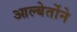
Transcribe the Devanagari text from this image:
आल्बेर्तोने